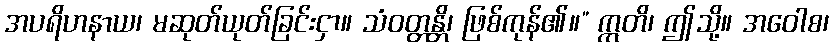
အပရိဟနာယ၊ မဆုတ်ယုတ်ခြင်းငှာ။ သံဝတ္တန္တိ၊ ဖြစ်ကုန်၏။” ဣတိ၊ ဤသို့။ အဝေါစ၊